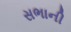
સભાની